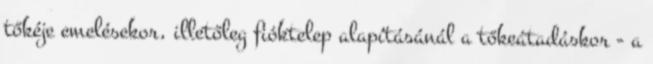
tőkéje emelésekor, illetőleg fióktelep alapításánál a tőkeátadáskor - a